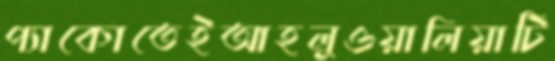
প্যাকোতেইআহলুওয়ালিয়াটি